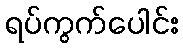
ရပ်ကွက်ပေါင်း